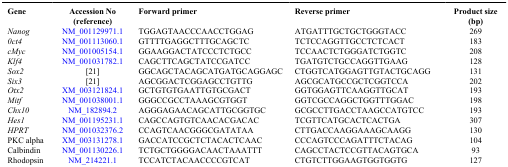
<table><thead><tr><td><b>Gene</b></td><td><b>Accession No (reference)</b></td><td><b>Forward primer</b></td><td><b>Reverse primer</b></td><td><b>Product size (bp)</b></td></tr></thead><tbody><tr><td><i>Nanog</i></td><td>NM_001129971.1</td><td>TGGAGTAACCCAACCTGGAG</td><td>ATGATTTGCTGCTGGGTACC</td><td>269</td></tr><tr><td><i>0ct4</i></td><td>NM_001113060.1</td><td>GTTTTGAGGCTTTGCAGCTC</td><td>TCTCCAGGTTGCCTCTCACT</td><td>183</td></tr><tr><td><i>cMyc</i></td><td>NM_001005154.1</td><td>GGAAGGACTATCCCTCTGCC</td><td>TCCAACTCTGGGATCTGGTC</td><td>208</td></tr><tr><td><i>Klf4</i></td><td>NM_001031782.1</td><td>CAGCTTCAGCTATCCGATCC</td><td>TGATGTCTGCCAGGTTGAAG</td><td>128</td></tr><tr><td><i>Sox2</i></td><td> [21]</td><td>GGCAGCTACAGCATGATGCAGGAGC</td><td>CTGGTCATGGAGTTGTACTGCAGG</td><td>131</td></tr><tr><td><i>Six3</i></td><td> [21]</td><td>AGCGGACTCGGAGCCTGTTG</td><td>AGCGCATGCCGCTCGGTCCA</td><td>202</td></tr><tr><td><i>Otx2</i></td><td>XM_003121824.1</td><td>GCTGTGTGAATTGTGCGACT</td><td>GGTGGAGTTCAAGGTTGCAT</td><td>193</td></tr><tr><td><i>Mitf</i></td><td>NM_001038001.1</td><td>GGGCCGCCTAAAGCGTGGT</td><td>GGTCGCCAGGCTGGTTTGGAC</td><td>198</td></tr><tr><td><i>Chx10</i></td><td>NM_182894.2</td><td>AGGGAGAACAGCATTGCGGTGC</td><td>GCGCCTTGACCTAAGCCATGTCC</td><td>193</td></tr><tr><td><i>Hes1</i></td><td>NM_001195231.1</td><td>CAGCCAGTGTCAACACGACAC</td><td>TCGTTCATGCACTCACTGA</td><td>307</td></tr><tr><td><i>HPRT</i></td><td>NM_001032376.2</td><td>CCAGTCAACGGGCGATATAA</td><td>CTTGACCAAGGAAAGCAAGG</td><td>130</td></tr><tr><td>PKC alpha</td><td>XM_003131278.1</td><td>GACCATCCGCTCTACACTCAAC</td><td>CCCAGTCCCAGATTTCTACAG</td><td>104</td></tr><tr><td>Calbindin</td><td>NM_001130226.1</td><td>TCTGCTGGGGACAACTAAATTT</td><td>CAGCCTACTCCGTTACAGTGCA</td><td>93</td></tr><tr><td>Rhodopsin</td><td>NM_214221.1</td><td>TCCATCTACAACCCCGTCAT</td><td>CTGTCTTGGAAGTGGTGGTG</td><td>127</td></tr></tbody></table>